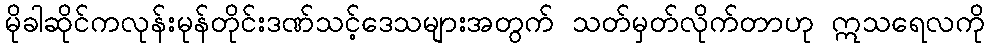
မိုခါဆိုင်ကလုန်းမုန်တိုင်းဒဏ်သင့်ဒေသများအတွက် သတ်မှတ်လိုက်တာဟု ဣသရေလကို